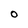
Character: O